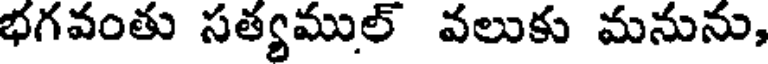
భగవంతు సత్యముల్ వలుకు మనును,